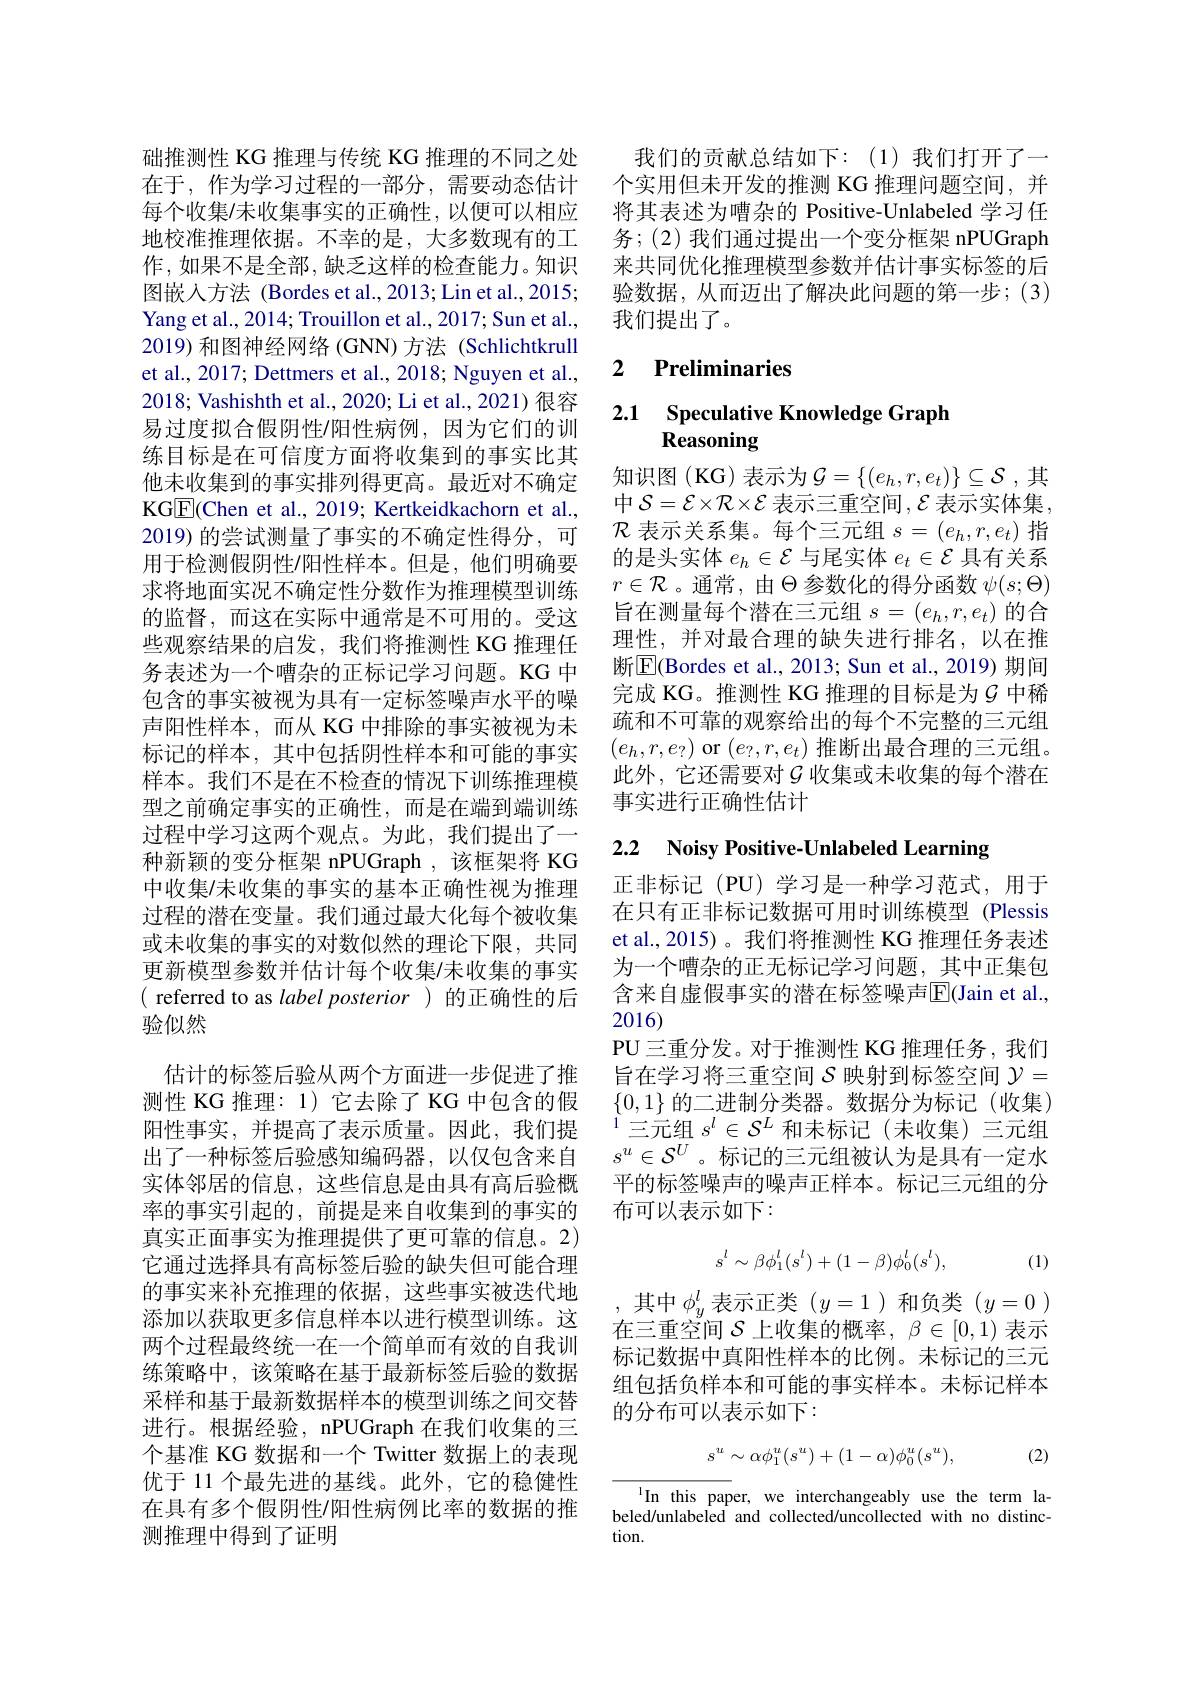
础推测性 KG 推理与传统 KG 推理的不同之处在于，作为学习过程的一部分，需要动态估计每个收集/未收集事实的正确性，以便可以相应地校准推理依据。不幸的是，大多数现有的工作，如果不是全部，缺乏这样的检查能力。知识图嵌入方法 (Bordes et al., 2013; Lin et al., 2015; Yang et al., 2014; Trouillon et al., 2017; Sun et al., 2019) 和图神经网络 (GNN) 方法 (Schlichtkrull et al., 2017; Dettmers et al., 2018; Nguyen et al., 2018; Vashishth et al., 2020; Li et al., 2021) 很容易过度拟合假阴性/阳性病例，因为它们的训练目标是在可信度方面将收集到的事实比其他未收集到的事实排列得更高。最近对不确定KGE(Chen et al., 2019; Kertkeidkachorn et al., 2019) 的尝试测量了事实的不确定性得分，可用于检测假阴性/阳性样本。但是，他们明确要求将地面实况不确定性分数作为推理模型训练的监督，而这在实际中通常是不可用的。受这些观察结果的启发，我们将推测性 KG 推理任务表述为一个嘈杂的正标记学习问题。KG 中包含的事实被视为具有一定标签噪声水平的噪声阳性样本，而从 KG 中排除的事实被视为未标记的样本，其中包括阴性样本和可能的事实样本。我们不是在不检查的情况下训练推理模型之前确定事实的正确性，而是在端到端训练过程中学习这两个观点。为此，我们提出了一种新颖的变分框架 nPUGraph ,该框架将 KG 中收集/未收集的事实的基本正确性视为推理过程的潜在变量。我们通过最大化每个被收集或未收集的事实的对数似然的理论下限，共同更新模型参数并估计每个收集/未收集的事实( referred to as label posterior)的正确性的后验似然
估计的标签后验从两个方面进一步促进了推测性 KG 推理：1) 它去除了 KG 中包含的假阳性事实，并提高了表示质量。因此，我们提出了一种标签后验感知编码器，以仅包含来自实体邻居的信息，这些信息是由具有高后验概率的事实引起的，前提是来自收集到的事实的真实正面事实为推理提供了更可靠的信息。2) 它通过选择具有高标签后验的缺失但可能合理的事实来补充推理的依据，这些事实被迭代地添加以获取更多信息样本以进行模型训练。这两个过程最终统一在一个简单而有效的自我训练策略中，该策略在基于最新标签后验的数据采样和基于最新数据样本的模型训练之间交替进行。根据经验，nPUGraph 在我们收集的三个基准 KG 数据和一个 Twitter 数据上的表现优于 11 个最先进的基线。此外，它的稳健性在具有多个假阴性/阳性病例比率的数据的推测推理中得到了证明

我们的贡献总结如下：(1)我们打开了一个实用但未开发的推测 KG 推理问题空间，并将其表述为嘈杂的 Positive-Unlabeled 学习任务；(2) 我们通过提出一个变分框架 nPUGraph 来共同优化推理模型参数并估计事实标签的后验数据，从而迈出了解决此问题的第一步；(3) 我们提出了。

### 2 $\textbf{Preliminaries}$

## 2.1 Speculative Knowledge Graph Reasoning

知识图(KG)表示为$\mathcal{G}=\{(e_h,r,e_t)\}\subseteq\mathcal{S}$,其中 $\mathcal{S}=\mathcal{E}\times\mathcal{R}\times\mathcal{E}$ 表示三重空间$,\mathcal{E}$ 表示实体集， $\mathcal{R}$表示关系集。每个三元组$s=(e_h,r,e_t)$指的是头实体$e_h\in\mathcal{E}$与尾实体$e_t\in\mathcal{E}$具有关系$r\in\mathcal{R}$。通常，由$\Theta$参数化的得分函数$\psi(s;\Theta)$ 旨在测量每个潜在三元组$s=(e_h,r,e_t)$的合理性，并对最合理的缺失进行排名，以在推断$\boxed{\mathrm{E}}($Bordes et al., 2013; Sun et al., 2019) 期间完成 KG。推测性 KG 推理的目标是为$\mathcal{G}$ 中稀疏和不可靠的观察给出的每个不完整的三元组$(e_h,r,e_?)$ or $(e_?,r,e_t)$推断出最合理的三元组。此外，它还需要对$\mathcal{G}$收集或未收集的每个潜在事实进行正确性估计

# 2.2 $\textbf{Noisy Positive- Unlabeled Learning}$

正非标记(PU)学习是一种学习范式，用于在只有正非标记数据可用时训练模型 (Plessis et al.,2015)。我们将推测性 KG 推理任务表述为一个嘈杂的正无标记学习问题，其中正集包含来自虚假事实的潜在标签噪声$\overline{\mathrm{E}}($Jain et al., 2016)
PU 三重分发。对于推测性 KG 推理任务，我们旨在学习将三重空间$\mathcal{S}$映射到标签空间$\mathcal{Y}=$ $\{0,1\}$的二进制分类器。数据分为标记(收集) $^{1}$三元组 $s^l\in\mathcal{S}^L$ 和未标记(未收集)三元组$s^u\in\mathcal{S}^U$。标记的三元组被认为是具有一定水平的标签噪声的噪声正样本。标记三元组的分布可以表示如下：
$$s^l\sim\beta\phi_1^l(s^l)+(1-\beta)\phi_0^l(s^l),$$
(1)

,其中$\phi_y^l$表示正类$(y=1)$和负类$(y=0)$ 在三重空间$\mathcal{S}$上收集的概率，$\beta\in[0,1)$表示标记数据中真阳性样本的比例。未标记的三元组包括负样本和可能的事实样本。未标记样本的分布可以表示如下：

(2)
$$s^u\sim\alpha\phi_1^u(s^u)+(1-\alpha)\phi_0^u(s^u),$$
In this paper, we interchangeably use the term labeled/unlabeled and collected/uncollected with no distinction.